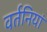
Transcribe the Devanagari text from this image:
वर्तनियां